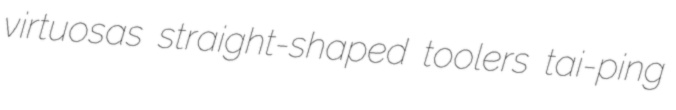
virtuosas straight-shaped toolers tai-ping